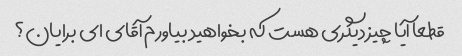
قطعا آیا چیز دیگری هست که بخواهید بیاورم آقای ای برایان؟